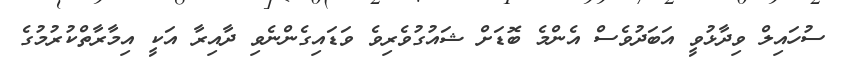
ސުހައިލް ވިދާޅުވީ އަބަދުވެސް އެންމެ ބޮޑަށް ޝައުގުވެރިވެ ވަޑައިގެންނެވި ދާއިރާ އަކީ އިމާރާތްކުރުމުގެ